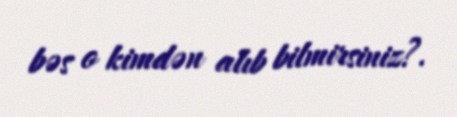
bəs o kimdən alıb bilmirsiniz?.